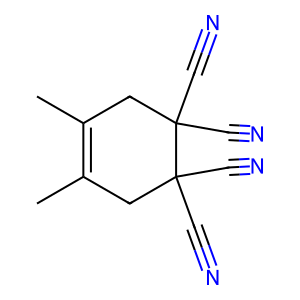
SMILES: CC1=C(C)CC(C#N)(C#N)C(C#N)(C#N)C1
Inhibits HIV replication: No